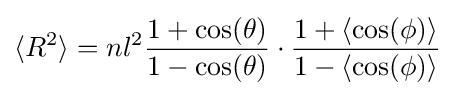
\langle R^{2}\rangle =nl^{2}{\frac {1+\cos(\theta )}{1-\cos(\theta )}}\cdot {\frac {1+\langle \cos(\textstyle \phi \,\!)\rangle }{1-\langle \cos(\textstyle \phi \,\!)\rangle }}